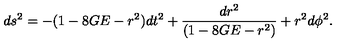
d s ^ { 2 } = - ( 1 - 8 G E - r ^ { 2 } ) d t ^ { 2 } + \frac { d r ^ { 2 } } { ( 1 - 8 G E - r ^ { 2 } ) } + r ^ { 2 } d \phi ^ { 2 } .